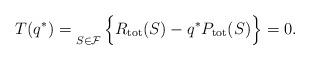
LaTeX: \begin{align*}T(q^*)=\mathop { } \limits_{S\in \mathcal{F}}\Big\{R_{\rm{\rm{tot}}}(S)-q^*P_{\rm{\rm{tot}}}(S)\Big\}=0.\end{align*}